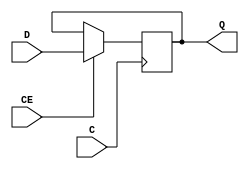
// $Header: /devl/xcs/repo/env/Databases/CAEInterfaces/verunilibs/data/unisims/FDE.v,v 1.11.48.1 2007/03/09 18:13:02 patrickp Exp $
///////////////////////////////////////////////////////////////////////////////
// Copyright (c) 1995/2004 Xilinx, Inc.
// All Right Reserved.
///////////////////////////////////////////////////////////////////////////////
//   ____  ____
//  /   /\/   /
// /___/  \  /    Vendor : Xilinx
// \   \   \/     Version : 8.1i (I.27)
//  \   \         Description : Xilinx Functional Simulation Library Component
//  /   /                  D Flip-Flop with Clock Enable
// /___/   /\     Filename : FDE.v
// \   \  /  \    Timestamp : Thu Mar 25 16:42:17 PST 2004
//  \___\/\___\
//
// Revision:
//    03/23/04 - Initial version.
//    02/04/05 - Rev 0.0.1 Remove input/output bufs; Seperate GSR from clock block.
//    10/20/05 - Add set & reset check to main  block. (CR219794)
//    2/07/06 - Remove set & reset from main block and add specify block (CR225119)
//    2/10/06 - Change Q from reg to wire (CR 225613)
// End Revision

`timescale  1 ps / 1 ps


module FDE (Q, C, CE, D);

    parameter INIT = 1'b0;

    output Q;

    input  C, CE, D;

    wire Q;
    reg q_out;
   
    initial q_out = INIT;

    assign Q = q_out;

    always @(posedge C)
	    if (CE)
	       q_out <=  D;

    specify
        if (CE)
            (posedge C => (Q +: D)) = (100, 100);
    endspecify

endmodule